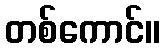
တစ်ကောင်။